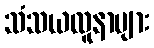
သံသယလူနာများ